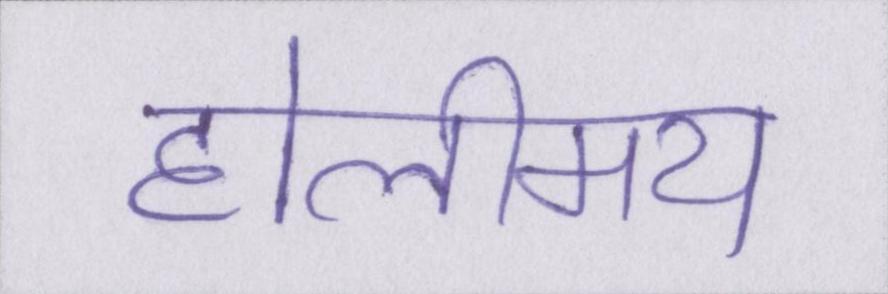
होलीमय